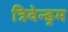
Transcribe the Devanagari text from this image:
त्रिवेन्ड्रम